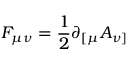
F _ { \mu \nu } = \frac { 1 } { 2 } \partial _ { [ \mu } A _ { \nu ] }